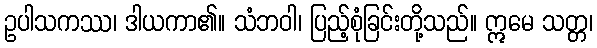
ဥပါသကဿ၊ ဒါယကာ၏။ သံဘဝါ၊ ပြည့်စုံခြင်းတို့သည်။ ဣမေ သတ္တ၊